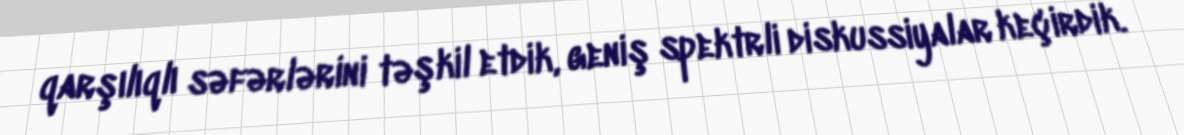
qarşılıqlı səfərlərini təşkil etdik, geniş spektrli diskussiyalar keçirdik.